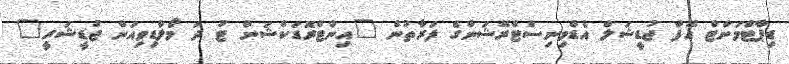
ޑިޕާޓްމަންޓް އޮފް ޖުޑީޝަލް އެޑްމިނިސްޓްރޭޝަންގެ ފަރާތުން "އިންޓްރޮޑަކްޝަން ޓު ދަ މޯލްޑިވިއަން ޖުޑީޝަރީ"